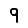
Digit: 9